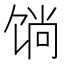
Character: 𲋧